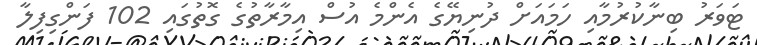
ޓަވަރު ބިނާކުރުމާއި ހަމައަށް ދުނިޔޭގެ އެންމެ އުސް އިމާރާތުގެ ގޮތުގައި 102 ފަންގިފިލާ